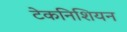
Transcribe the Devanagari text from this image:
टेकनिशियन